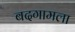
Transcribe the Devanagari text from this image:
बदगामला